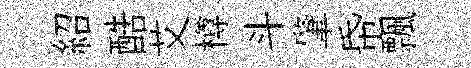
紹酷艾樽斗肇帋飄